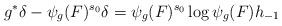
LaTeX: \begin{align*}g^*\delta -\psi_g(F)^{s_0}\delta=\psi_g(F)^{s_0}\log\psi_g(F)h_{-1} \end{align*}